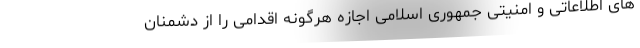
های اطلاعاتی و امنیتی جمهوری اسلامی اجازه هرگونه اقدامی را از دشمنان